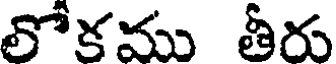
లోకము తీరు